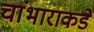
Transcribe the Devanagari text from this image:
चांभाराकडे